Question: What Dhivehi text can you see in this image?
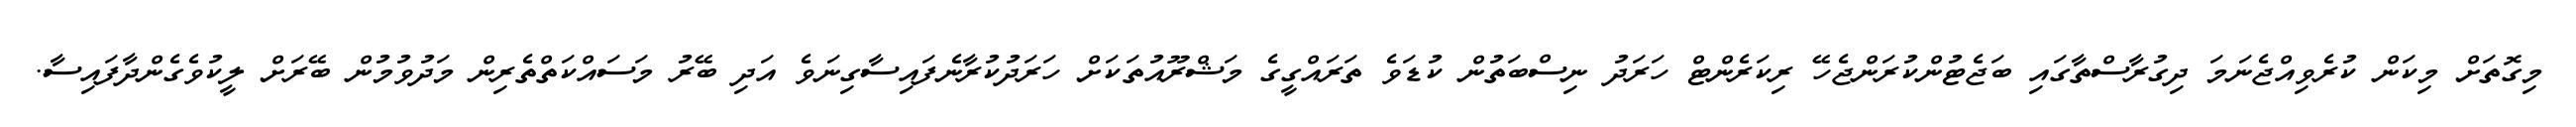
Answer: މިގޮތަށް މިކަން ކުރެވިއްޖެނަމަ ދިގުރާސްތާގައި ބަޖެޓުންކުރަންޖެހޭ ރިކަރެންޓް ހަރަދު ނިސްބަތުން ކުޑަވެ ތަރައްގީގެ މަޝްރޫއުތަކަށް ހަރަދުކުރާނެފައިސާގިނަވެ އަދި ބޭރު މަސައްކަތްތެރިން މަދުވުމުން ބޭރަށް ލީކުވެގެންދާފައިސާ.